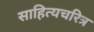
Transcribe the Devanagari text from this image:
साहित्यचरित्र